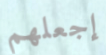
إجعلهم